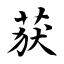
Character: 获